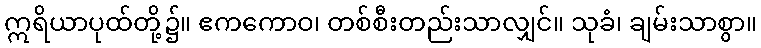
ဣရိယာပုထ်တို့၌။ ဧကကောဝ၊ တစ်စီးတည်းသာလျှင်။ သုခံ၊ ချမ်းသာစွာ။